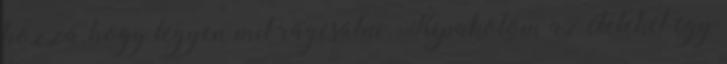
hozzá, hogy legyen mit rágcsálni. Kipakolom az ételeket egy